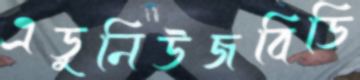
এডুনিউজবিডি